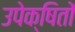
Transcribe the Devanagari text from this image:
उपेक्षितों